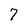
Character: 7